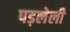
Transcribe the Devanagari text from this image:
पड़लेली